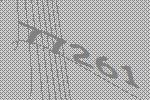
77261